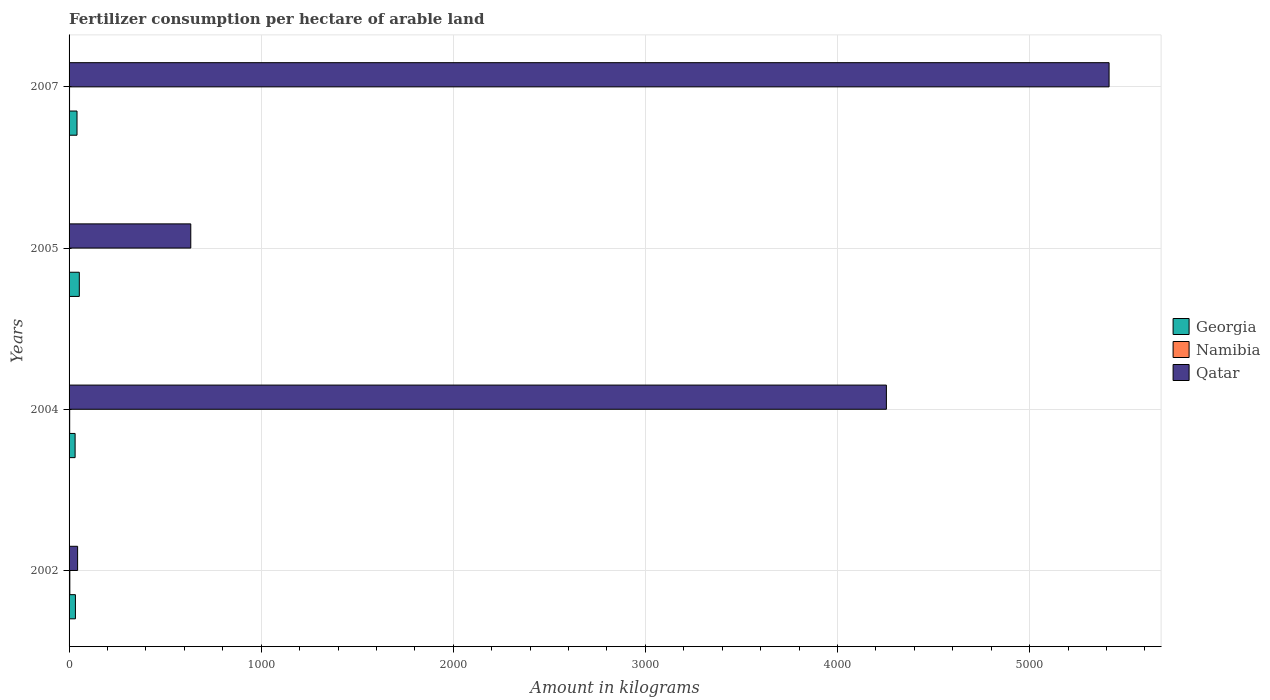
| Years | Georgia | Namibia | Qatar |
 | --- | --- | --- | --- |
 | 2002 | 33 | 3.9 | 44.4 |
 | 2004 | 31.5 | 3.2 | 4.25e+03 |
 | 2005 | 53.3 | 1.91 | 634 |
 | 2007 | 41.3 | 2.46 | 5.41e+03 |